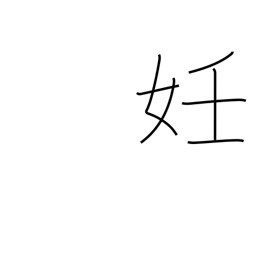
Meaning: pregnancy